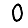
Digit: 0